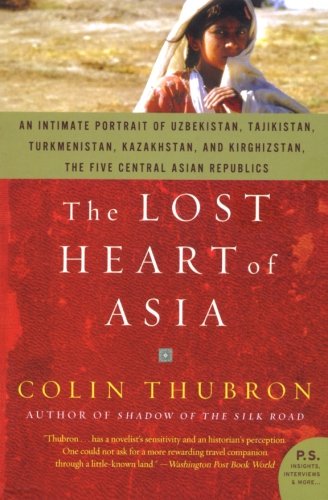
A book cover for The Lost Heart of Asia; Colin Thubron; Travel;